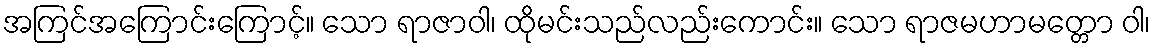
အကြင်အကြောင်းကြောင့်။ သော ရာဇာဝါ၊ ထိုမင်းသည်လည်းကောင်း။ သော ရာဇမဟာမတ္တော ဝါ၊